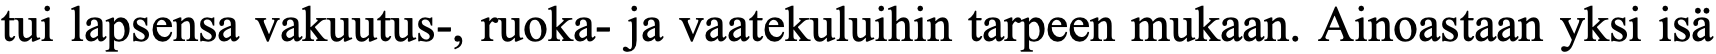
tui lapsensa vakuutus-, ruoka- ja vaatekuluihin tarpeen mukaan. Ainoastaan yksi isä